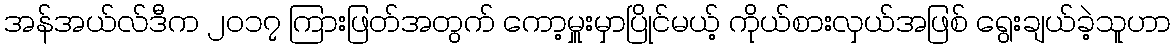
အန်အယ်လ်ဒီက ၂၀၁၇ ကြားဖြတ်အတွက် ကော့မှူးမှာပြိုင်မယ့် ကိုယ်စားလှယ်အဖြစ် ရွေးချယ်ခဲ့သူဟာ